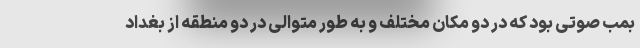
بمب صوتی بود که در دو مکان مختلف و به طور متوالی در دو منطقه از بغداد